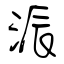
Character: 派